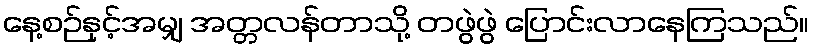
နေ့စဉ်နှင့်အမျှ အတ္တလန်တာသို့ တဖွဲဖွဲ ပြောင်းလာနေကြသည်။